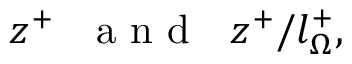
z ^ { + } ~ ~ \mathrm { ~ a ~ n ~ d ~ } ~ ~ z ^ { + } / l _ { \Omega } ^ { + } ,